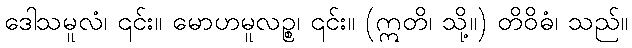
ဒေါသမူလံ၊ ၎င်း။ မောဟမူလဉ္စ၊ ၎င်း။ (ဣတိ၊ သို့။) တိဝိဓံ၊ သည်။